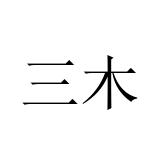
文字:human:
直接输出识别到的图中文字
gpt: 三木